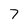
Character: 7